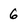
Character: 6